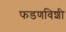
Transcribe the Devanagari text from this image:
फडणविशी